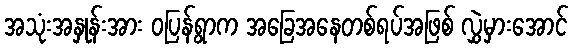
အသုံးအနှုန်းအား ဝပြန်ရွာက အခြေအနေတစ်ရပ်အဖြစ် လွှဲမှားအောင်